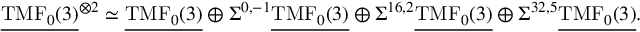
\underline { { \mathrm { T M F } _ { 0 } ( 3 ) } } ^ { \otimes 2 } \simeq \underline { { \mathrm { T M F } _ { 0 } ( 3 ) } } \oplus \Sigma ^ { 0 , - 1 } \underline { { \mathrm { T M F } _ { 0 } ( 3 ) } } \oplus \Sigma ^ { 1 6 , 2 } \underline { { \mathrm { T M F } _ { 0 } ( 3 ) } } \oplus \Sigma ^ { 3 2 , 5 } \underline { { \mathrm { T M F } _ { 0 } ( 3 ) } } .